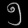
Digit: ၅